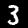
Label: 3